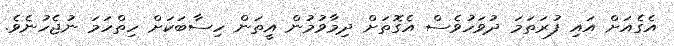
އެގެއަށް އައި ފުރަތަމަ ދުވަހުވެސް އެގޮތަށް ދިމާވުމުން އީތަން ހިސާބަކަށް ހިތްހަމަ ނުޖެހުނެވެ.